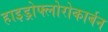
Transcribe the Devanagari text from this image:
हाइड्रोफ्लोरोकार्बन